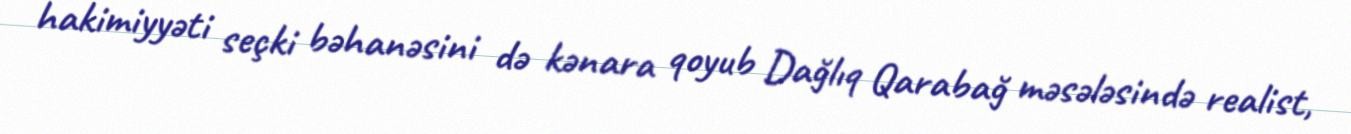
hakimiyyəti seçki bəhanəsini də kənara qoyub Dağlıq Qarabağ məsələsində realist,